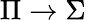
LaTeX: \Pi\rightarrow\Sigma